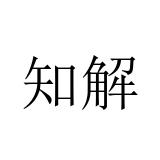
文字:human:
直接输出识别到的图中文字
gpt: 知解